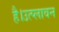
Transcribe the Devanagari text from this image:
है।उत्प्लावन